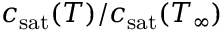
c _ { \mathrm { s a t } } ( T ) / c _ { \mathrm { s a t } } ( T _ { \infty } )